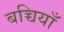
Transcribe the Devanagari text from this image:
बच्चियाँ